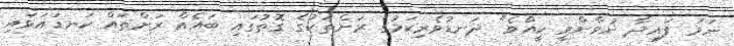
ނަމަ ފައިދާ ނުވާންވީ ކީއްވެ" ދަނޑުވެރިކަމުގެ ރަށްތަކުގެ ގޮތުގައި ބައެއް ރަށްތައް ކަނޑައަޅައި